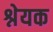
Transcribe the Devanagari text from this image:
श्नेयक